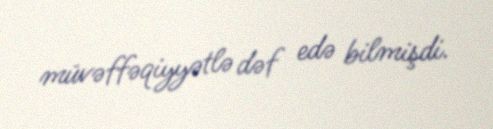
müvəffəqiyyətlə dəf edə bilmişdi.